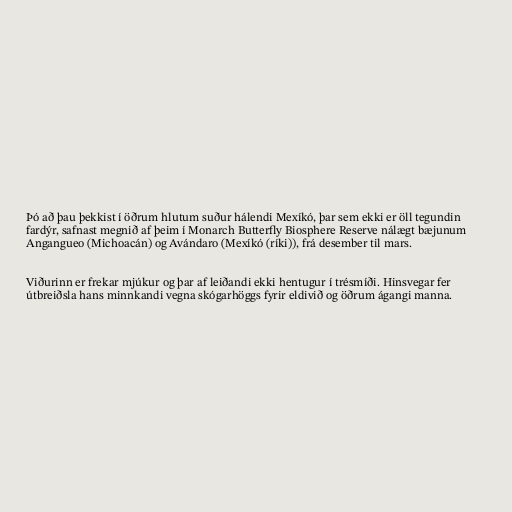
Þó að þau þekkist í öðrum hlutum suður hálendi Mexíkó, þar sem ekki er öll tegundin
fardýr, safnast megnið af þeim í Monarch Butterfly Biosphere Reserve nálægt bæjunum
Angangueo (Michoacán) og Avándaro (Mexíkó (ríki)), frá desember til mars.

Viðurinn er frekar mjúkur og þar af leiðandi ekki hentugur í trésmíði. Hinsvegar fer
útbreiðsla hans minnkandi vegna skógarhöggs fyrir eldivið og öðrum ágangi manna.